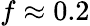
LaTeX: f\approx 0.2